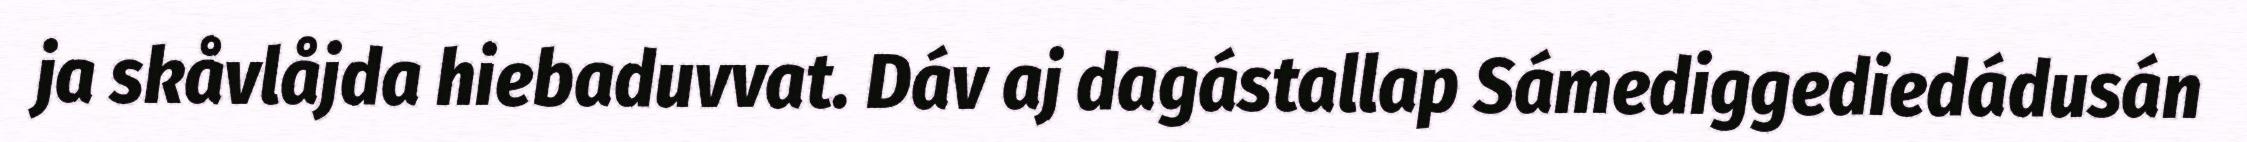
ja skåvlåjda hiebaduvvat. Dáv aj dagástallap Sámediggediedádusán